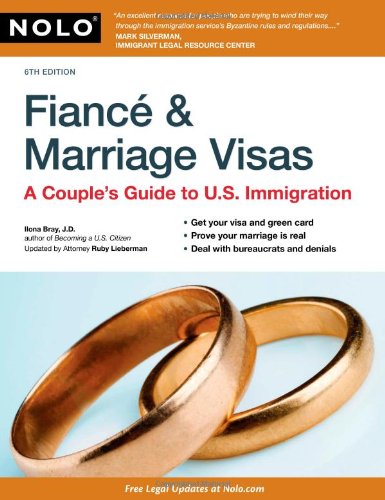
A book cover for Fiance & Marriage Visas: A Couple's Guide to U.S. Immigration; Ilona Bray J.D.; Law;